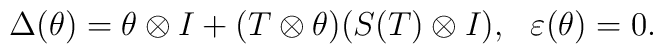
\Delta (\theta)=\theta\otimes I+(T\otimes \theta )(S(T)\otimes I),~~\varepsilon (\theta)=0.